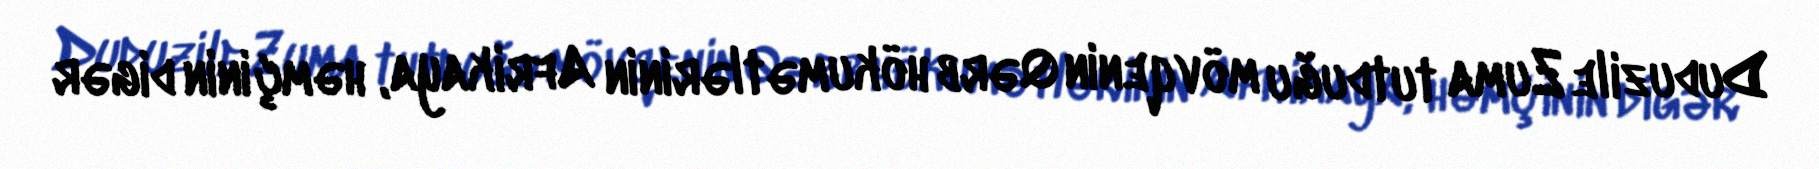
Duduzile Zuma tutduğu mövqenin Qərb hökumətlərinin Afrikaya, həmçinin digər